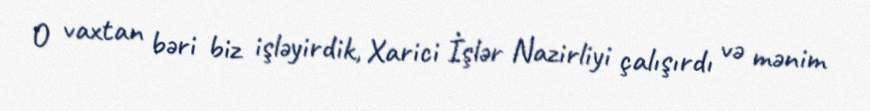
O vaxtan bəri biz işləyirdik, Xarici İşlər Nazirliyi çalışırdı və mənim